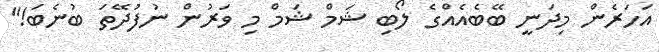
އަހަރެން މިދަނީ ބޭބެއެއްގެ ލޯބި ޝަމް ޝަމް މި ވަރުން ނުފުދޭތަ ބުނެބަ!"